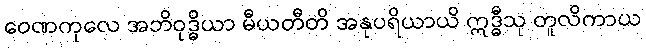
ဝေဏကုလေ အဘိဝုဒ္ဓိယာ မီယတီတိ အနုပရိယာယိ ဣဒ္ဓီသု တူလိကာယ